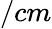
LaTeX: /cm